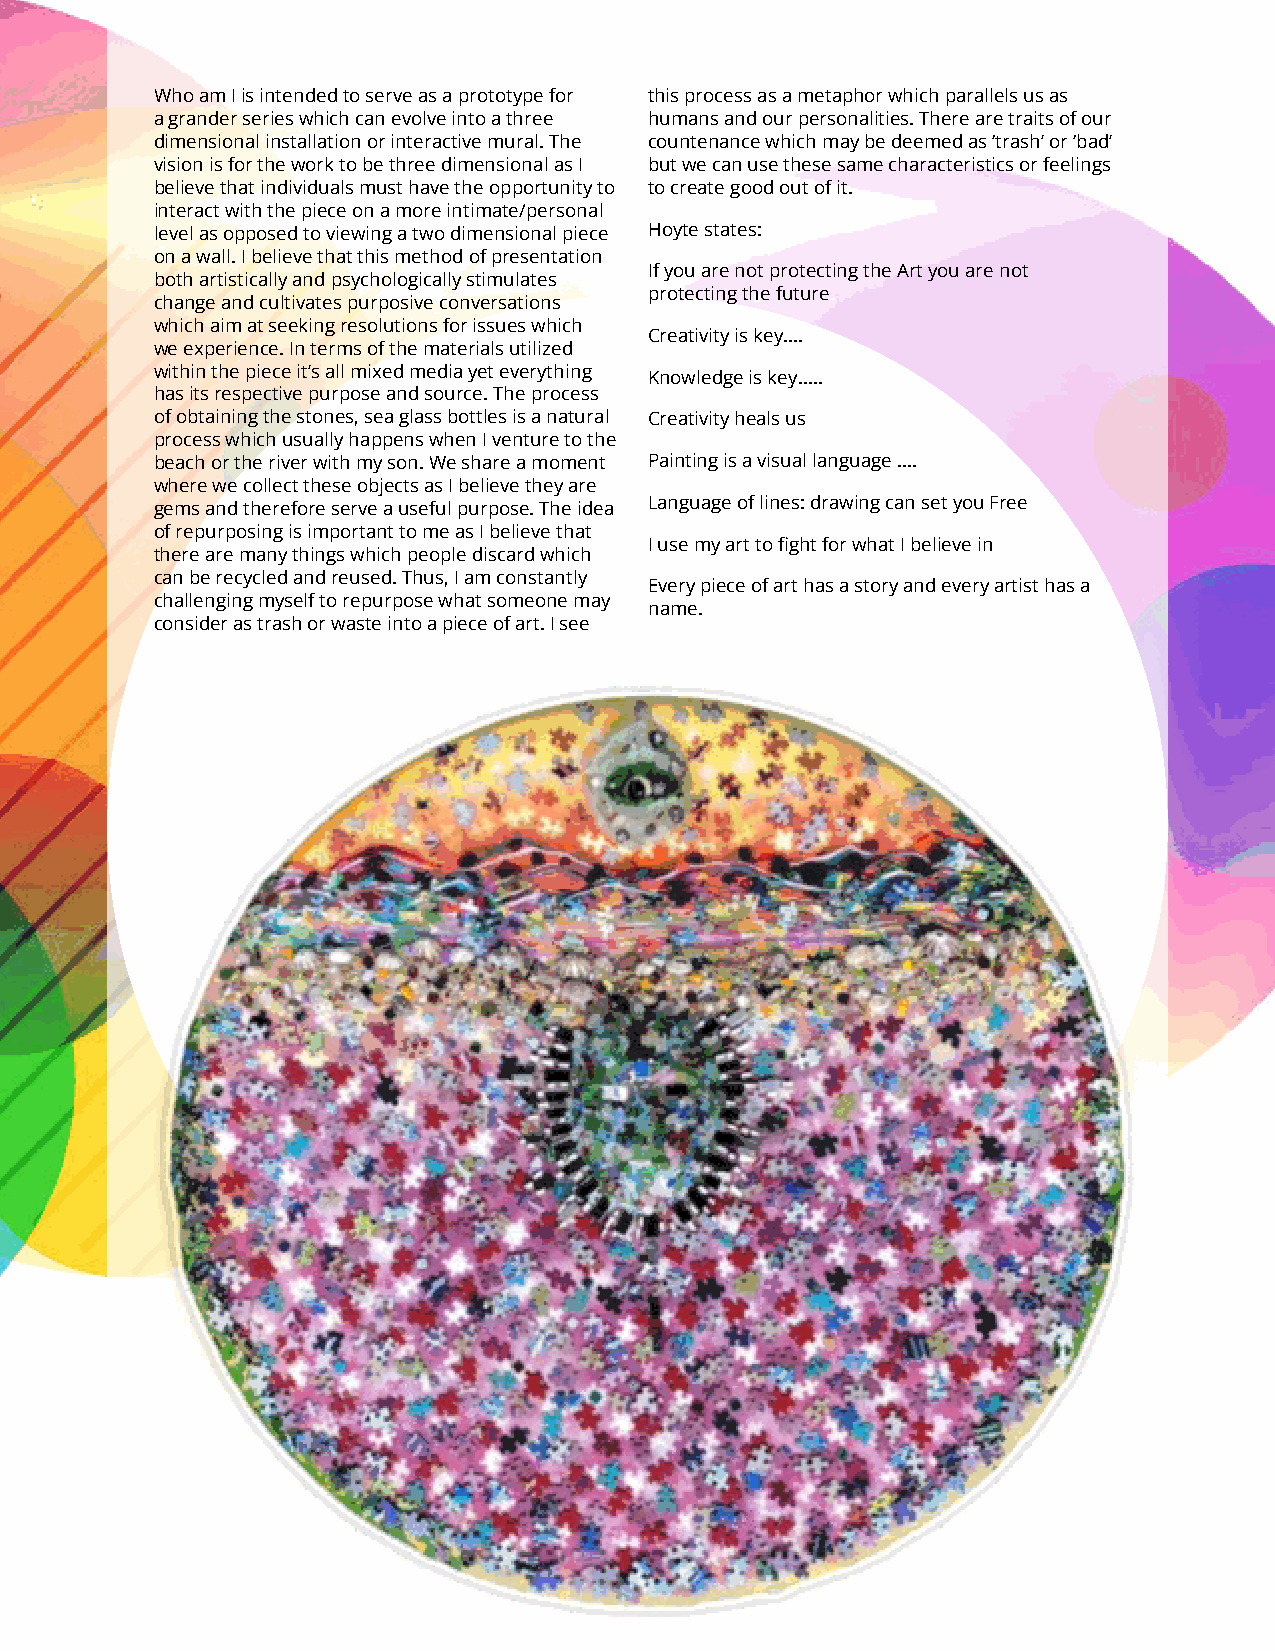
Who am I is intended to serve as a prototype for this process as a metaphor which parallels us as
 a grander series which can evolve into a three humans and our personalities. There are traits of our
 dimensional installation or interactive mural. The countenance which may be deemed as ‘trash’ or ‘bad’
 vision is for the work to be three dimensional as I but we can use these same characteristics or feelings
 believe that individuals must have the opportunity to to create good out of it.
 interact with the piece on a more intimate/personal
 level as opposed to viewing a two dimensional piece Hoyte states:
 on a wall. I believe that this method of presentation
 If you are not protecting the Art you are not
 both artistically and psychologically stimulates
 protecting the future
 change and cultivates purposive conversations
 which aim at seeking resolutions for issues which
 Creativity is key....
 we experience. In terms of the materials utilized
 within the piece it’s all mixed media yet everything Knowledge is key.....
 has its respective purpose and source. The process
 of obtaining the stones, sea glass bottles is a natural Creativity heals us
 process which usually happens when I venture to the
 beach or the river with my son. We share a moment Painting is a visual language ....
 where we collect these objects as I believe they are
 gems and therefore serve a useful purpose. The idea Language of lines: drawing can set you Free
 of repurposing is important to me as I believe that
 I use my art to fight for what I believe in
 there are many things which people discard which
 can be recycled and reused. Thus, I am constantly
 Every piece of art has a story and every artist has a
 challenging myself to repurpose what someone may
 name.
 consider as trash or waste into a piece of art. I see